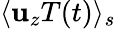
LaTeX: \langle\mathbf{u}_{z}T(t)\rangle_{s}